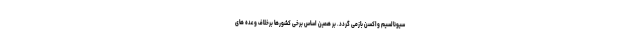
سیونالسیم واکسن بازمی گردد. بر همین اساس برخی کشورها برخلاف وعده های